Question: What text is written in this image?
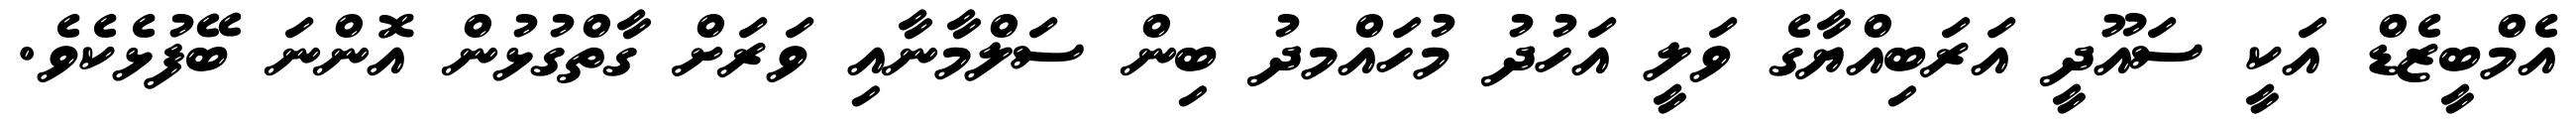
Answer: އެމްބީޒެޑް އަކީ ސައޫދީ އަރަބިއްޔާގެ ވަލީ އަހުދު މުހައްމދު ބިން ސަލްމާނާއި ވަރަށް ގާތްގުޅުން އޮންނަ ބޭފުޅެކެވެ.